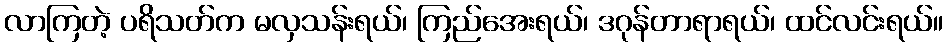
လာကြတဲ့ ပရိသတ်က မလှသန်းရယ်၊ ကြည်အေးရယ်၊ ဒဂုန်တာရာရယ်၊ ထင်လင်းရယ်။